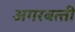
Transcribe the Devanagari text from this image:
अगरबत्‍ती